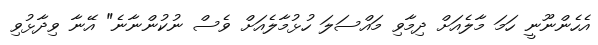
އެހެންނޫނީ ހަމަ މާލެއަށް ދިމާވި މައްސަލަ ހުޅުމާލެއަށް ވެސް ނުކުންނާނެ" އޭނާ ވިދާޅުވި